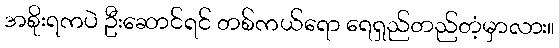
အစိုးရကပဲ ဦးဆောင်ရင် တစ်ကယ်ရော ရေရှည်တည်တံ့မှာလား။